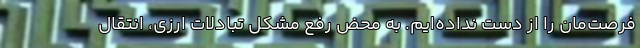
فرصت‌مان را از دست نداده‌ایم. به محض رفع مشکل تبادلات ارزی، انتقال